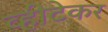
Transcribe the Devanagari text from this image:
व्हीटेकर